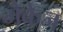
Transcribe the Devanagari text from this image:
मैकेज